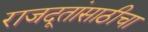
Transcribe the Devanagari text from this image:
राजदूतांसाठीचा